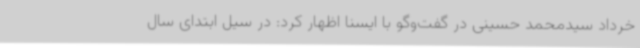
خرداد سیدمحمد حسینی در گفت‌وگو با ایسنا اظهار کرد: در سیل ابتدای سال